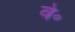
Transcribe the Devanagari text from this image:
वे॰